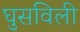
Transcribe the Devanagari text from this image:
घुसविली